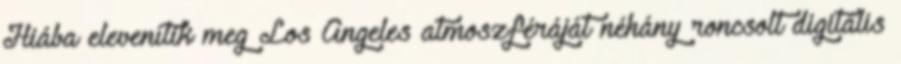
Hiába elevenítik meg Los Angeles atmoszféráját néhány roncsolt digitális